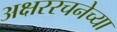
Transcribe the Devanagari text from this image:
अक्षररचनेच्या